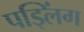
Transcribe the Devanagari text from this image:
पड्लिंग